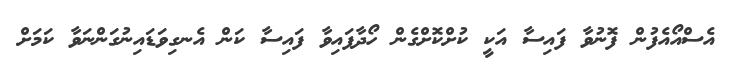
އެސްއޯއެފުން ފޮނުވާ ފައިސާ އަކީ ކުށްކޮށްގެން ހޯދާފައިވާ ފައިސާ ކަން އެނގިވަޑައިނުގަންނަވާ ކަމަށް